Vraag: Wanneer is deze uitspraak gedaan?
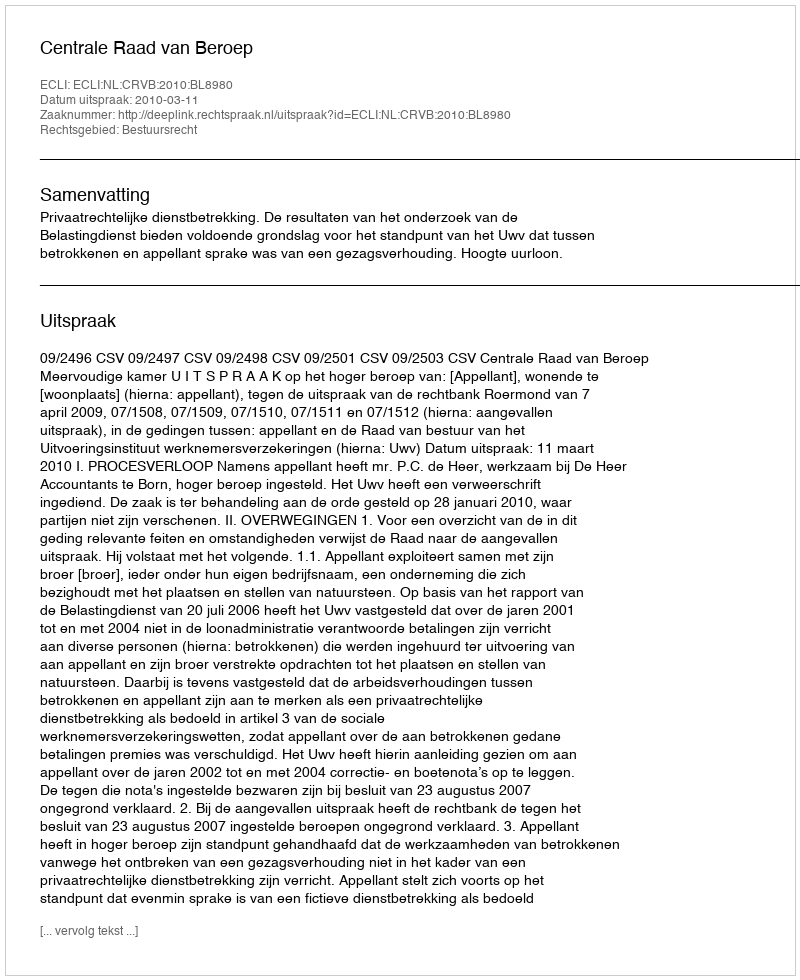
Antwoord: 2010-03-11